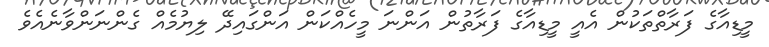
މީޑިއާގެ ފަރާތްތަކުން އެއީ މީޑިއާގެ ފަރާތުން އަންނަ މީހެއްކަން އަންގައިދޭ ލިޔުމެއް ގެންނަންވާނެއެވެ